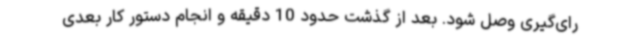
رای‌گیری وصل شود. بعد از گذشت حدود 10 دقیقه و انجام دستور کار بعدی